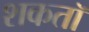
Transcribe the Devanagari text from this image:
शकतॉ